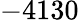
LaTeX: -4130